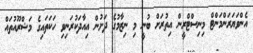
އެންވަޔަރަންމަންޓް މިނިސްޓްރީން އިތުރަށް ބުނީ މި ނިޒާމުގެ ދަށުން އިއާދަކުރަނިވި ހަކަތައިގެ މަޝްރޫއުތައް